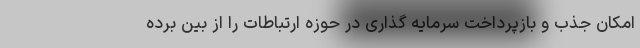
امکان جذب و بازپرداخت سرمایه گذاری در حوزه ارتباطات را از بین برده